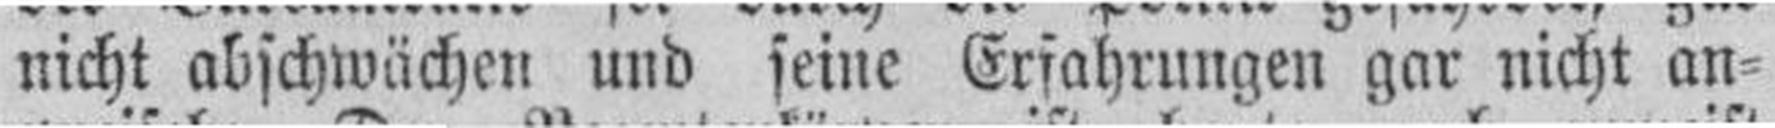
nicht abschwächen und seine Erfahrungen gar nicht an¬